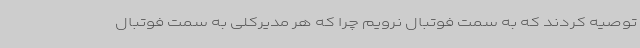
توصیه کردند که به سمت فوتبال نرویم چرا که هر مدیرکلی به سمت فوتبال